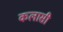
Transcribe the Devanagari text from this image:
कलासी